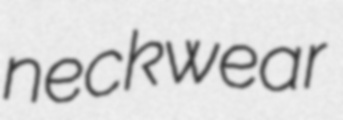
neckwear